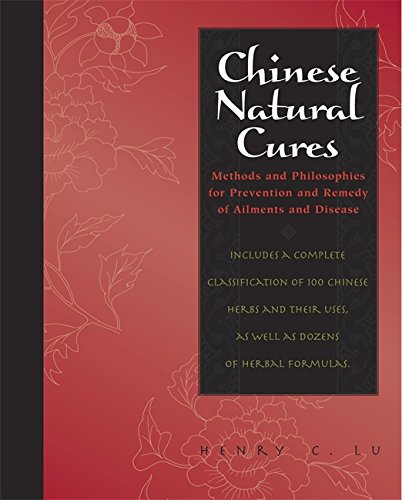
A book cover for Chinese Natural Cures: Traditional Methods for Remedy and Prevention; Henry C. Lu; Health, Fitness & Dieting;